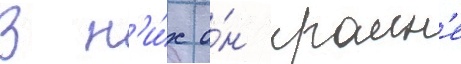
В н'и́х о́н краин'е